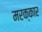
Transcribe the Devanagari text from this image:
मरक्कार